Leprosy in India: report of the Leprosy Commission in India, 1890-91
Year: 1890
Disease focus: Leprosy
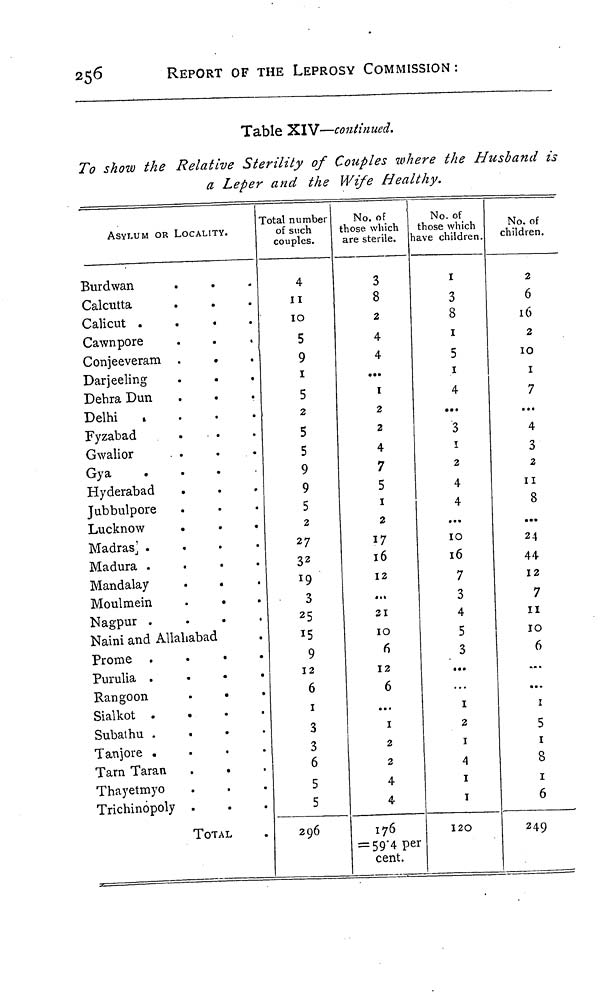
256
REPORT OF THE LEPROSY COMMISSION :
Table XIV—continued.
To show the Relative Sterility of Couples where the Husband is
a Leper and the Wife Healthy.
ASYLUM OR LOCALITY.
Burdwan
Calcutta
Calicut
.
.
.
.
Cawnpore
Conjeeveram .
.
Darjeeling
.
.
.
Dehra Dun
Delhi
.
.
.
.
Fyzabad
Gwalior
Gya
.
.
.
.
Hyderabad
Jubbulpore
Lucknow
Madras
.
.
.
.
Madura
.
.
.
.
Mandalay
Moulmein
.
•
Nagpur
.
.
.
.
Naini and Allahabad
Prome
.
.
.
.
Purulia
Rangoon
.
Sialkot
.
.
.
.
Subathu
.
.
.
.
Tanjore
.
.
.
.
Tarn Taran
Thayetmyo
Trichinopoly .
TOTAL
Total number
of such
couples.
4
11
10
5
9
1
5
2
5
5
9
9
5
2
27
32
19
3
25
15
9
12
6
1
3
3
6
5
5
296
No. of
those which
are sterile.
3
8
2
4
4
...
1
2
2
4
7
5
1
2
17
16
12
...
31
10
6
12
6
...
1
2
2
4
4
176
= 59.4 per
cent.
No. of
those which
nave children.
1
3
8
1
5
1
4
...
3
1
2
4
4
...
10
16
7
3
4
5
3
...
1
2
1
4
1
1
120
No. of
children.
2
6
16
2
10
1
7
...
4
3
2
11
8
...
24
44
12
7
11
10
6
...
...
1
5
1
8
1
6
249